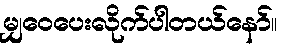
မျှဝေပေးလိုက်ပါတယ်နော်။